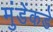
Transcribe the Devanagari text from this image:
मुंडेंकडे